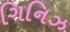
ગિનિઝ